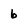
Character: 6